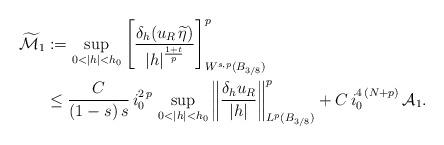
LaTeX: \begin{align*}\widetilde{\mathcal{M}}_1&:=\sup_{0<|h|<h_0}\left[\frac{\delta_h (u_R\,\widetilde\eta)}{|h|^\frac{1+t}{p}}\right]^p_{W^{s,p}(B_{3/8})}\\&\le \frac{C}{(1-s)\,s}\,i_0^{2\,p}\,\sup_{0<|h|<h_0}\left\|\frac{\delta_h u_R}{|h|}\right\|^p_{L^p(B_{3/8})}+C\,i_0^{4\,(N+p)}\,\mathcal{A}_1.\end{align*}